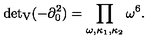
{ \det } _ { \mathrm { V } } ( - \partial _ { 0 } ^ { 2 } ) = \prod _ { \omega , \kappa _ { 1 } , \kappa _ { 2 } } \omega ^ { 6 } .